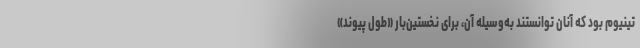
تینیوم بود که آنان توانستند به‌وسیلهٔ آن، برای نخستین‌بار «طول پیوند»‌